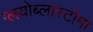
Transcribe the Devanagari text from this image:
ग्लयोब्लास्टोमा